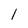
Character: l